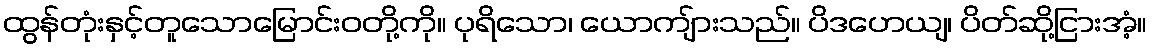
ထွန်တုံးနှင့်တူသောမြောင်းဝတို့ကို။ ပုရိသော၊ ယောကျ်ားသည်။ ပိဒဟေယျ၊ ပိတ်ဆို့ငြားအံ့။